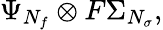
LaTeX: \Psi_{N_{f}}\otimes F\Sigma_{N_{\sigma}},